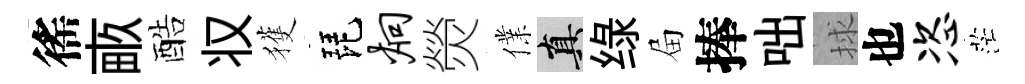
徭畞酷𠬧獲琵炯熒㒒真绿屇捧咄捄也恣茫